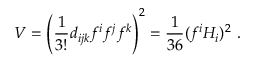
V = \left( { \frac { 1 } { 3 ! } } d _ { i j k } f ^ { i } f ^ { j } f ^ { k } \right) ^ { 2 } = \frac { 1 } { 3 6 } ( f ^ { i } H _ { i } ) ^ { 2 } ~ .